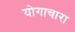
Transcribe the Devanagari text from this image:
योगाचारा